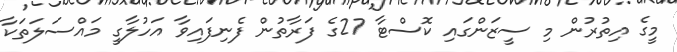
މީގެ އިތުރުން މި ސީޒަންގައި ކޮސްޓާ 27ގެ ފަރާތުން ފެނިފައިވާ އަހުލާގީ މައްސަލަތަކާ